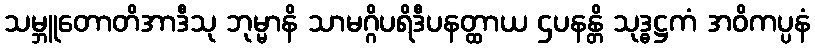
သမ္ဘူတောတိအာဒီသု ဘုမ္မာနိ သာမဂ္ဂိပရိဒီပနတ္ထာယ ဌပနန္တိ သုဒ္ဓဋ္ဌကံ အဝိကပ္ပနံ